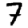
Digit: 7